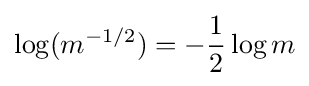
\log(m^{-1/2})=-{\frac {1}{2}}\log m